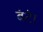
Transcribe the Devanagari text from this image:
बंटे।